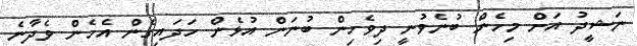
ނަޝީދު އަށް މިހެން ބުނެވުނީ ދިވެހިން ބުނަން އުޅެން ހަދައިގެން އެހެން ވެދާނެ